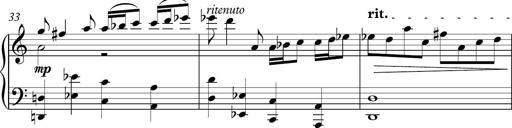
Title: Piano Sonatina in C
Composer: Daniel LÃ©o Simpson
Key: C major